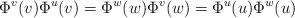
LaTeX: \begin{align*}\Phi^v(v)\Phi^u(v)=\Phi^w(w)\Phi^v(w)=\Phi^u(u)\Phi^w(u)\end{align*}